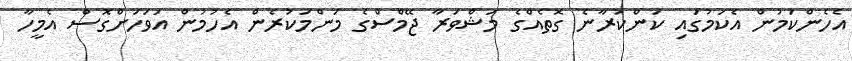
އެހެންކަމުން އެކަމުގައި ކަންކުރާނެ ގޮތެއްގެ މަޝްވަރާ ޖޭމްސްގެ މަންމަކުރެން އެހުމުން އަވަހަށްގޮސް އެމީހާ